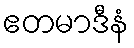
ဧတမာဒီနံ